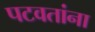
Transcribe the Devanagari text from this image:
पटवतांना